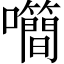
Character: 𡅉